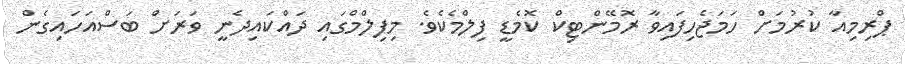
ޕްރިމިއާ ކުރުމަށް ހަމަޖެހިފައިވާ ރޮމޭންޓިކް ކޮމެޑީ ފިލްމެކެވެ. މިފިލްމްގައި ދައްކައިދެނީ ވަރަށް ބަސްއަހައިގެން